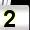
Digit: 2